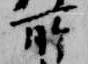
所